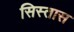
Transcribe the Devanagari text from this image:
सिस्तास